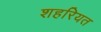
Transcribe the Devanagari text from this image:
शहरियत